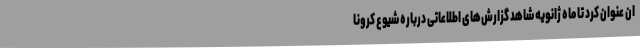
ان عنوان کرد تا ماه ژانویه شاهد گزارش‌های اطلاعاتی درباره شیوع کرونا